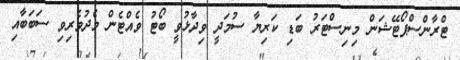
ޓްރާންސްޕޯޓޭޝަން މިނިސްޓަރު ބަޑި ކަރިޔާ ސުމަދީ ވިދާޅުވީ ބޯޓު ވެއްޓެން މެދުވެރިވި ސަބަބާއި